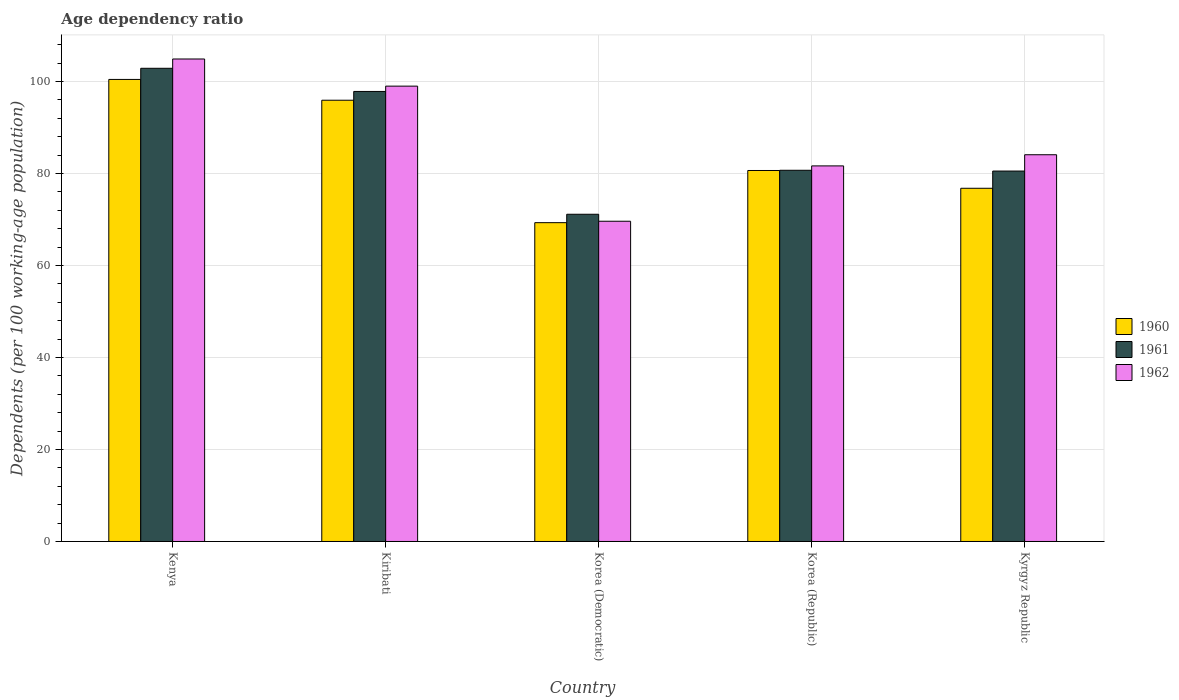
| Country | 1960 | 1961 | 1962 |
 | --- | --- | --- | --- |
 | Kenya | 100 | 103 | 105 |
 | Kiribati | 95.9 | 97.9 | 99 |
 | Korea (Democratic) | 69.3 | 71.1 | 69.6 |
 | Korea (Republic) | 80.7 | 80.7 | 81.7 |
 | Kyrgyz Republic | 76.8 | 80.5 | 84.1 |